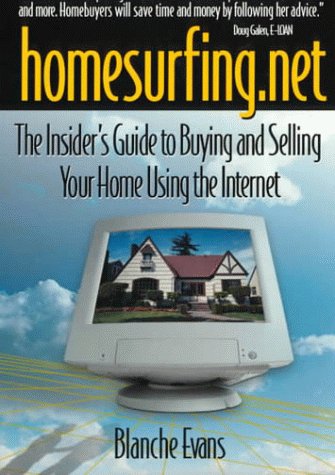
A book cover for Homesurfing.Net: The Insider's Guide to Buying and Selling Your Home Using the Internet; Blanche Evans; Computers & Technology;